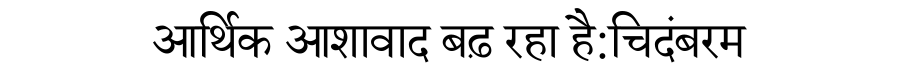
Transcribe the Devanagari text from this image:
आर्थिक आशावाद बढ़ रहा है:चिदंबरम